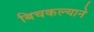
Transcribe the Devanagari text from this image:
बिचकल्याने